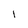
Character: l